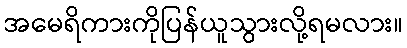
အမေရိကားကိုပြန်ယူသွားလို့ရမလား။